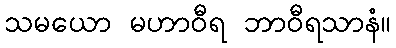
သမယော မဟာဝီရ ဘာဝီရသာနံ။